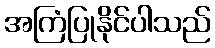
အကြံပြုနိုင်ပါသည်